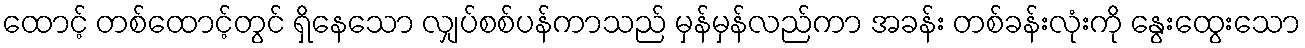
ထောင့် တစ်ထောင့်တွင် ရှိနေသော လျှပ်စစ်ပန်ကာသည် မှန်မှန်လည်ကာ အခန်း တစ်ခန်းလုံးကို နွေးထွေးသော